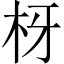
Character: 枒